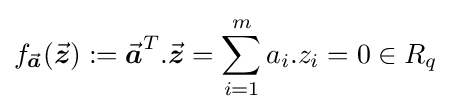
f_{\vec {\boldsymbol {a}}}({\vec {\boldsymbol {z}}}):={\vec {\boldsymbol {a}}}^{T}.{\vec {\boldsymbol {z}}}=\sum _{i=1}^{m}a_{i}.z_{i}=0\in R_{q}